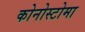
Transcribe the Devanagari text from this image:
कोनोस्टोमा